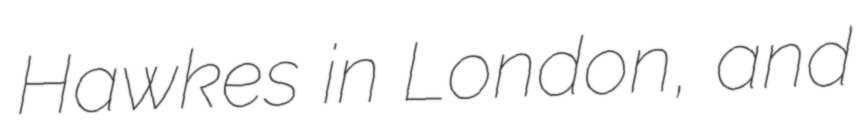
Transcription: Hawkes in London, and